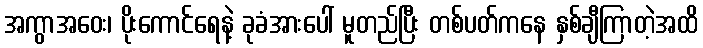
အကွာအဝေး၊ ပိုးကောင်ရေနဲ့ ခုခံအားပေါ် မူတည်ပြီး တစ်ပတ်ကနေ နှစ်ချီကြာတဲ့အထိ